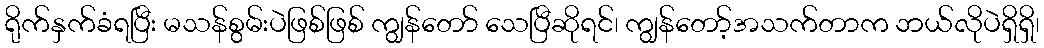
ရိုက်နှက်ခံရပြီး မသန်စွမ်းပဲဖြစ်ဖြစ် ကျွန်တော် သေပြီဆိုရင်၊ ကျွန်တော့်အသက်တာက ဘယ်လိုပဲရှိရှိ၊